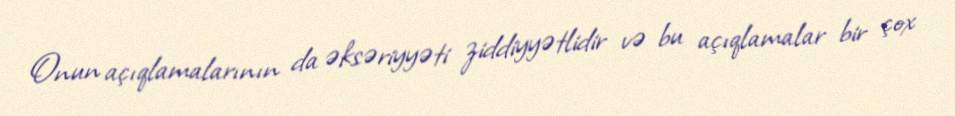
Onun açıqlamalarının da əksəriyyəti ziddiyyətlidir və bu açıqlamalar bir çox